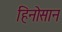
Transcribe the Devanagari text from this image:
हिनोसान